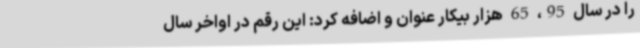
را در سال 95، 65 هزار بیکار عنوان و اضافه کرد: این رقم در اواخر سال